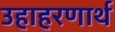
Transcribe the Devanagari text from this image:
उहाहरणार्थ